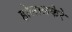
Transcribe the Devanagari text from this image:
होलालकेरे